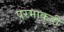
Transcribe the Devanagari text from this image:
परमाकुडी